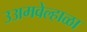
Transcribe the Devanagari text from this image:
उअमवेल्हाळा